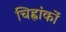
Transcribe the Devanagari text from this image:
चिह्नांकों